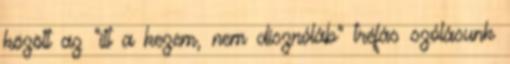
között az "itt a kezem, nem disznóláb" tréfás szólásunk